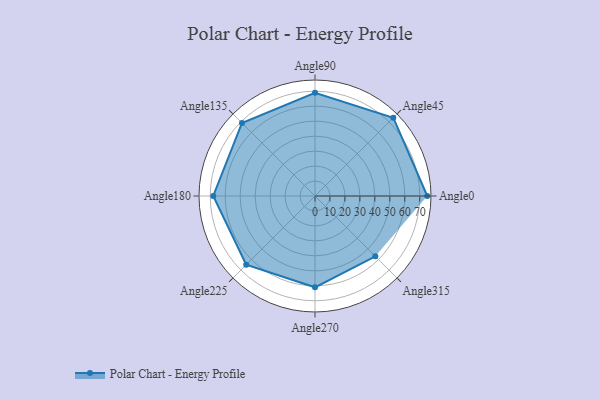
{"axis": {"x": "Angle", "y": "Radius"}, "legend": [""], "data": [{"x": "Angle0", "y": 75.0, "type": ""}, {"x": "Angle45", "y": 74.0, "type": ""}, {"x": "Angle90", "y": 69.0, "type": ""}, {"x": "Angle135", "y": 69.0, "type": ""}, {"x": "Angle180", "y": 68.0, "type": ""}, {"x": "Angle225", "y": 65.0, "type": ""}, {"x": "Angle270", "y": 61.0, "type": ""}, {"x": "Angle315", "y": 57.0, "type": ""}]}